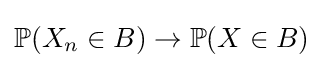
\mathbb {P} (X_{n}\in B)\to \mathbb {P} (X\in B)